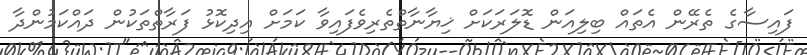
ފައިސާގެ ތެރޭން އެތައް ބިލިއަން ޑޮލަރަކަށް ޚިޔާނާތްތެރިވެފައިވާ ކަމަށް އިދިކޮޅު ފަރާތްތަކުން ދައްކަމުންދާ